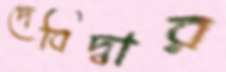
দেবিদ্বার